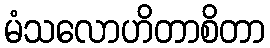
မံသလောဟိတာစိတာ